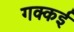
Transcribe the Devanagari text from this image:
गक्‍कई